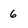
Character: 6